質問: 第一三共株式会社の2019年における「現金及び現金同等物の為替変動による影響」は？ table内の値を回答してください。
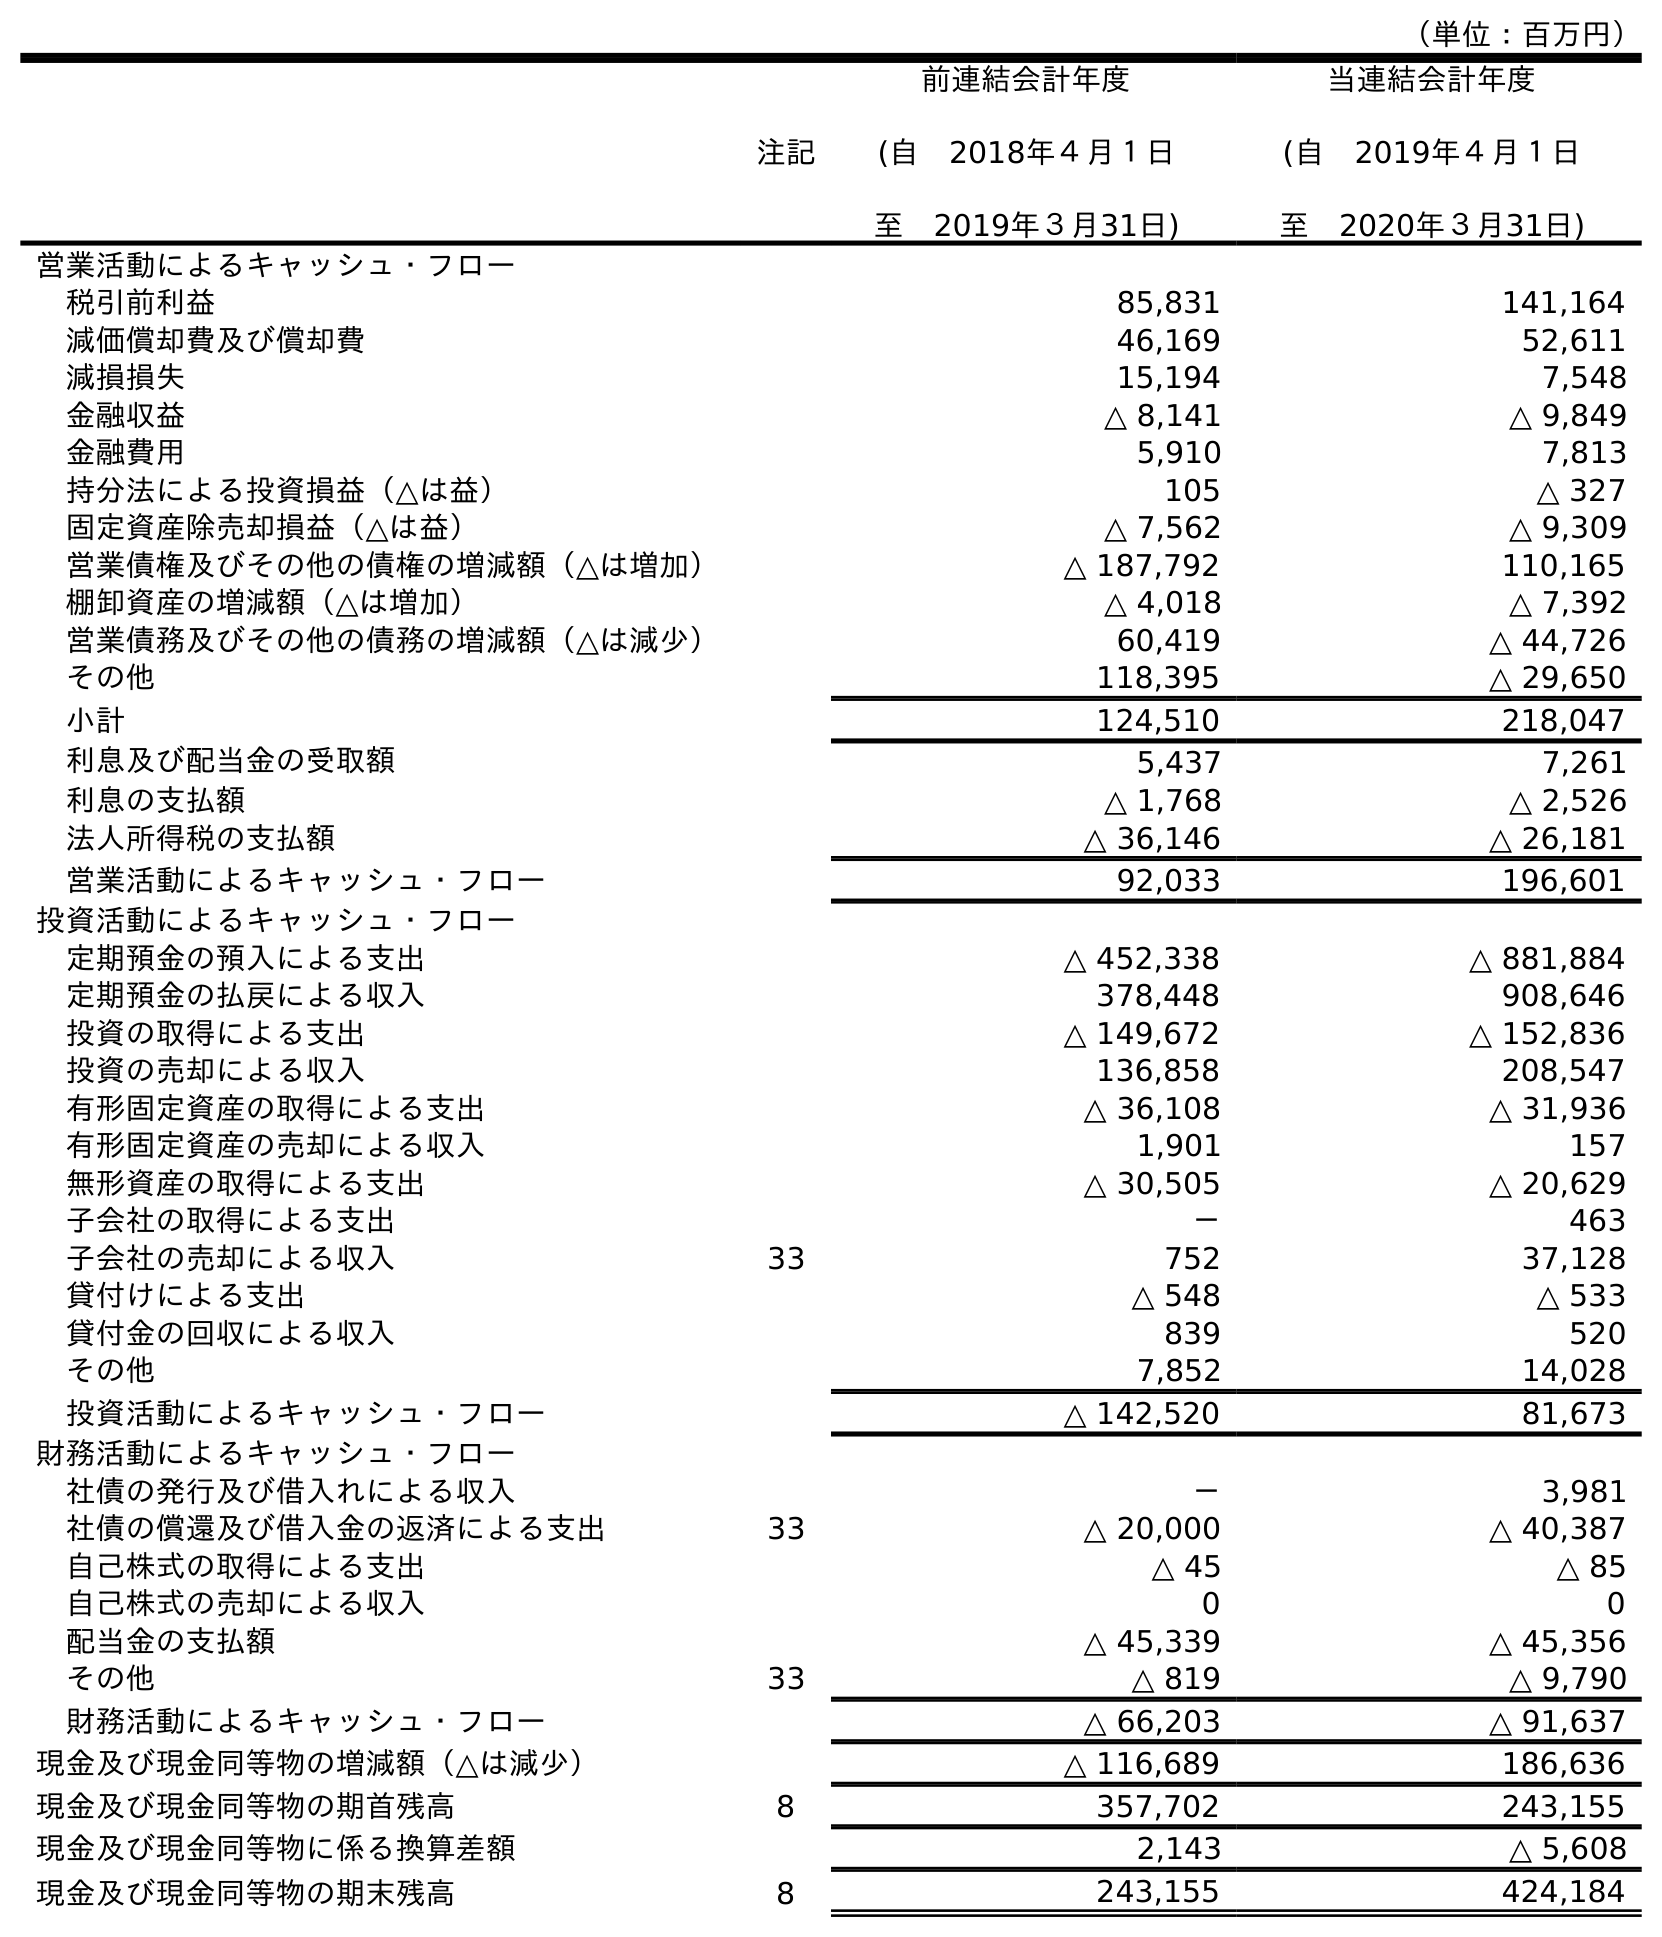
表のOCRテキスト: （単位：百万円） 注記 前連結会計年度 (自 2018年４月１日 至 2019年３月31日) 当連結会計年度 (自 2019年４月１日 至 2020年３月31日) 営業活動によるキャッシュ・フロー 税引前利益 85,831 141,164 減価償却費及び償却費 46,169 52,611 減損損失 15,194 7,548 金融収益 △ 8,141 △ 9,849 金融費用 5,910 7,813 持分法による投資損益（△は益） 105 △ 327 固定資産除売却損益（△は益） △ 7,562 △ 9,309 営業債権及びその他の債権の増減額（△は増加） △ 187,792 110,165 棚卸資産の増減額（△は増加） △ 4,018 △ 7,392 営業債務及びその他の債務の増減額（△は減少） 60,419 △ 44,726 その他 118,395 △ 29,650 小計 124,510 218,047 利息及び配当金の受取額 5,437 7,261 利息の支払額 △ 1,768 △ 2,526 法人所得税の支払額 △ 36,146 △ 26,181 営業活動によるキャッシュ・フロー 92,033 196,601 投資活動によるキャッシュ・フロー 定期預金の預入による支出 △ 452,338 △ 881,884 定期預金の払戻による収入 378,448 908,646 投資の取得による支出 △ 149,672 △ 152,836 投資の売却による収入 136,858 208,547 有形固定資産の取得による支出 △ 36,108 △ 31,936 有形固定資産の売却による収入 1,901 157 無形資産の取得による支出 △ 30,505 △ 20,629 子会社の取得による支出 － 463 子会社の売却による収入 33 752 37,128 貸付けによる支出 △ 548 △ 533 貸付金の回収による収入 839 520 その他 7,852 14,028 投資活動によるキャッシュ・フロー △ 142,520 81,673 財務活動によるキャッシュ・フロー 社債の発行及び借入れによる収入 － 3,981 社債の償還及び借入金の返済による支出 33 △ 20,000 △ 40,387 自己株式の取得による支出 △ 45 △ 85 自己株式の売却による収入 0 0 配当金の支払額 △ 45,339 △ 45,356 その他 33 △ 819 △ 9,790 財務活動によるキャッシュ・フロー △ 66,203 △ 91,637 現金及び現金同等物の増減額（△は減少） △ 116,689 186,636 現金及び現金同等物の期首残高 8 357,702 243,155 現金及び現金同等物に係る換算差額 2,143 △ 5,608 現金及び現金同等物の期末残高 8 243,155 424,184
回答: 2,143